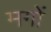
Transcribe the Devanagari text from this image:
मगों